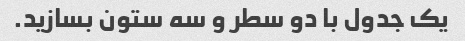
یک جدول با دو سطر و سه ستون بسازید.